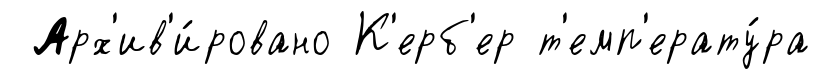
Арх'ив'и́ровано К'ерб'ер т'емп'ерату́ра